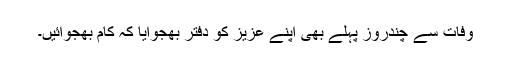
وفات سے چندروز پہلے بھی اپنے عزیز کو دفتر بھجوایا کہ کام بھجوائیں۔